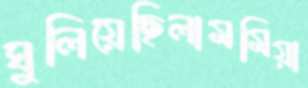
ঘুলিয়েছিলামমিয়া